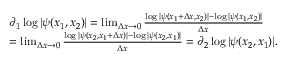
\begin{array} { r l } & { \partial _ { 1 } \log | \psi ( x _ { 1 } , x _ { 2 } ) | = \operatorname* { l i m } _ { \Delta x \to 0 } \frac { \log | \psi ( x _ { 1 } + \Delta x , x _ { 2 } ) | - \log | \psi ( x _ { 1 } , x _ { 2 } ) | } { \Delta x } } \\ & { = \operatorname* { l i m } _ { \Delta x \to 0 } \frac { \log | \psi ( x _ { 2 } , x _ { 1 } + \Delta x ) | - \log | \psi ( x _ { 2 } , x _ { 1 } ) | } { \Delta x } = \partial _ { 2 } \log | \psi ( x _ { 2 } , x _ { 1 } ) | . } \end{array}